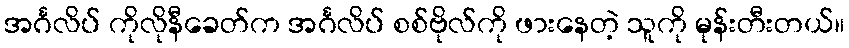
အင်္ဂလိပ် ကိုလိုနီခေတ်က အင်္ဂလိပ် စစ်ဗိုလ်ကို ဖားနေတဲ့ သူကို မုန်းတီးတယ်။